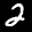
Label: 2